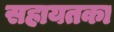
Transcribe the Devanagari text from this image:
सहायतका